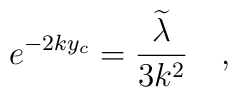
e^{-2ky_c}=\frac{\widetilde{\lambda }}{3k^2}\quad ,